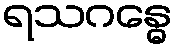
ရသဂန္ဓေ